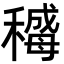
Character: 𬓻